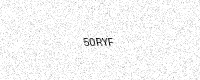
Text: 50RYF